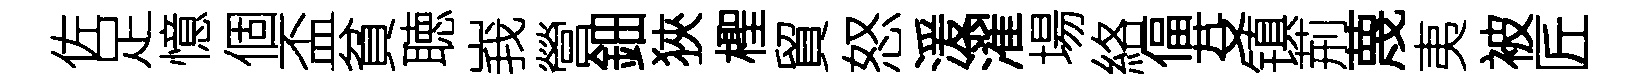
佐足憶個盃貧聴峩營鈿狹檉貿怒湲濯場絡偪芟镇荊蔑夷被匠